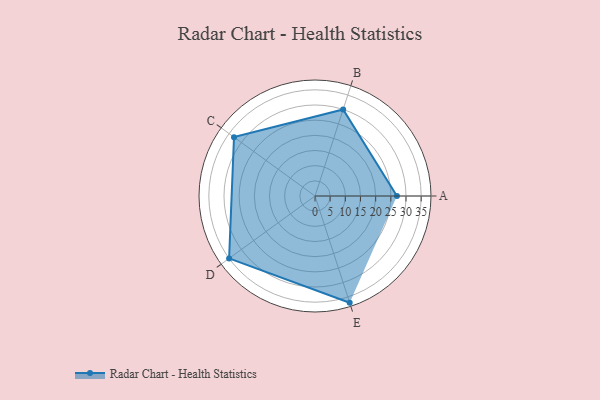
{"axis": {"x": "Skill", "y": "Score"}, "legend": ["Profile"], "data": [{"x": "A", "y": 27.0, "type": "Profile"}, {"x": "B", "y": 30.0, "type": "Profile"}, {"x": "C", "y": 33.0, "type": "Profile"}, {"x": "D", "y": 35.0, "type": "Profile"}, {"x": "E", "y": 37.0, "type": "Profile"}]}